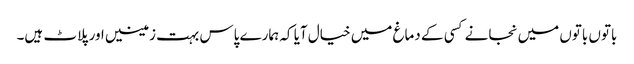
باتوں باتوں میں نجانے کسی کے دماغ میں خیال آیا کہ ہمارے پاس بہت زمینیں اور پلاٹ ہیں۔